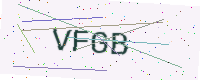
Text: VFGB